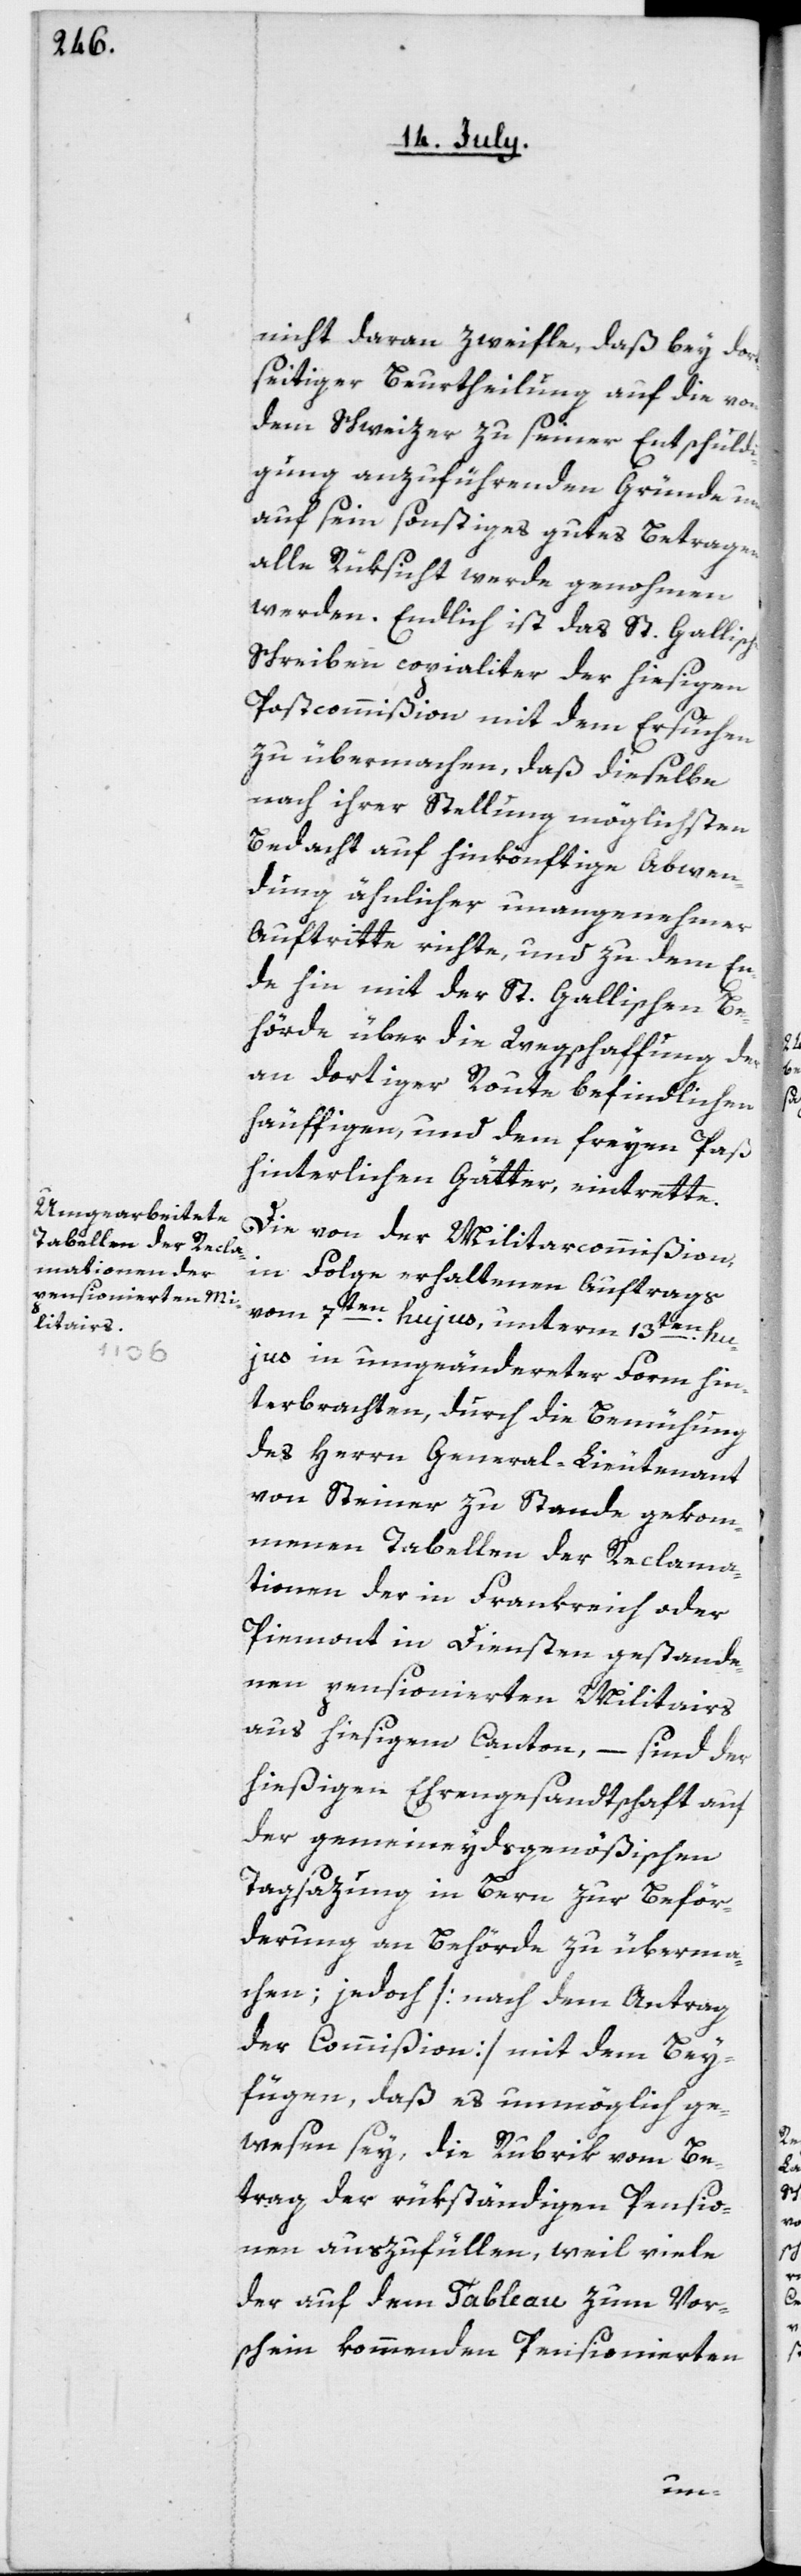
nicht daran zweifle, daß bey dort¬
seitiger Beurtheilung auf die von
dem Schweizer zu seiner Entschuld¬
igung anzuführenden Gründe und
auf sein sonstiges gutes Betragen
alle Rüksicht werde genohmen
werden. Endlich ist das St. Gallische
Schreiben copialiter der hiesigen
Postcommißion mit dem Ersuchen
zu übermachen, daß dieselbe
nach ihrer Stellung möglichsten
Bedacht auf hinkönftige Abwen¬
dung ähnlicher unangenehmer
Auftritte richte, und zu dem En¬
de hin mit der St. Gallischen Be¬
hörde über die Wegschaffung der
an dortiger Route befindlichen
häuffigen und dem freyen Paß
hinterlichen Gätter eintrette.
Die von der Militarcommißion,
in Folge erhaltenen Auftrags
vom 7ten hujus, unterm 13ten hu¬
jus in umgeänderter Form hin¬
terbrachten, durch die Bemühung
des Herrn General-Lieutenant
von Steiner zu Stande gekom¬
menen Tabellen der Reclama¬
tionen der in Frankreich oder
Piemont in Dienst an gestande¬
nen pensionierten Militairs
aus hiesigem Canton – sind der
hießigen Ehrengesandtschaft auf
der gemeineydsgenößischen
Tagsazung in Bern zur Beför¬
derung an Behörde zu überma¬
chen; jedoch [nach dem Antrag
der Commißion] mit dem Bey¬
fügen, daß es unmöglich ge¬
wesen sey, die Rubrik vom Be¬
trag der rükständigen Pensio¬
nen auszufüllen, weil viele
der auf dem Tableau zum Vor¬
schein kommenden Pensionierten